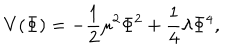
V ( \Phi ) = - \frac { 1 } { 2 } \mu ^ { 2 } \Phi ^ { 2 } + \frac { 1 } { 4 } \lambda \Phi ^ { 4 } ,